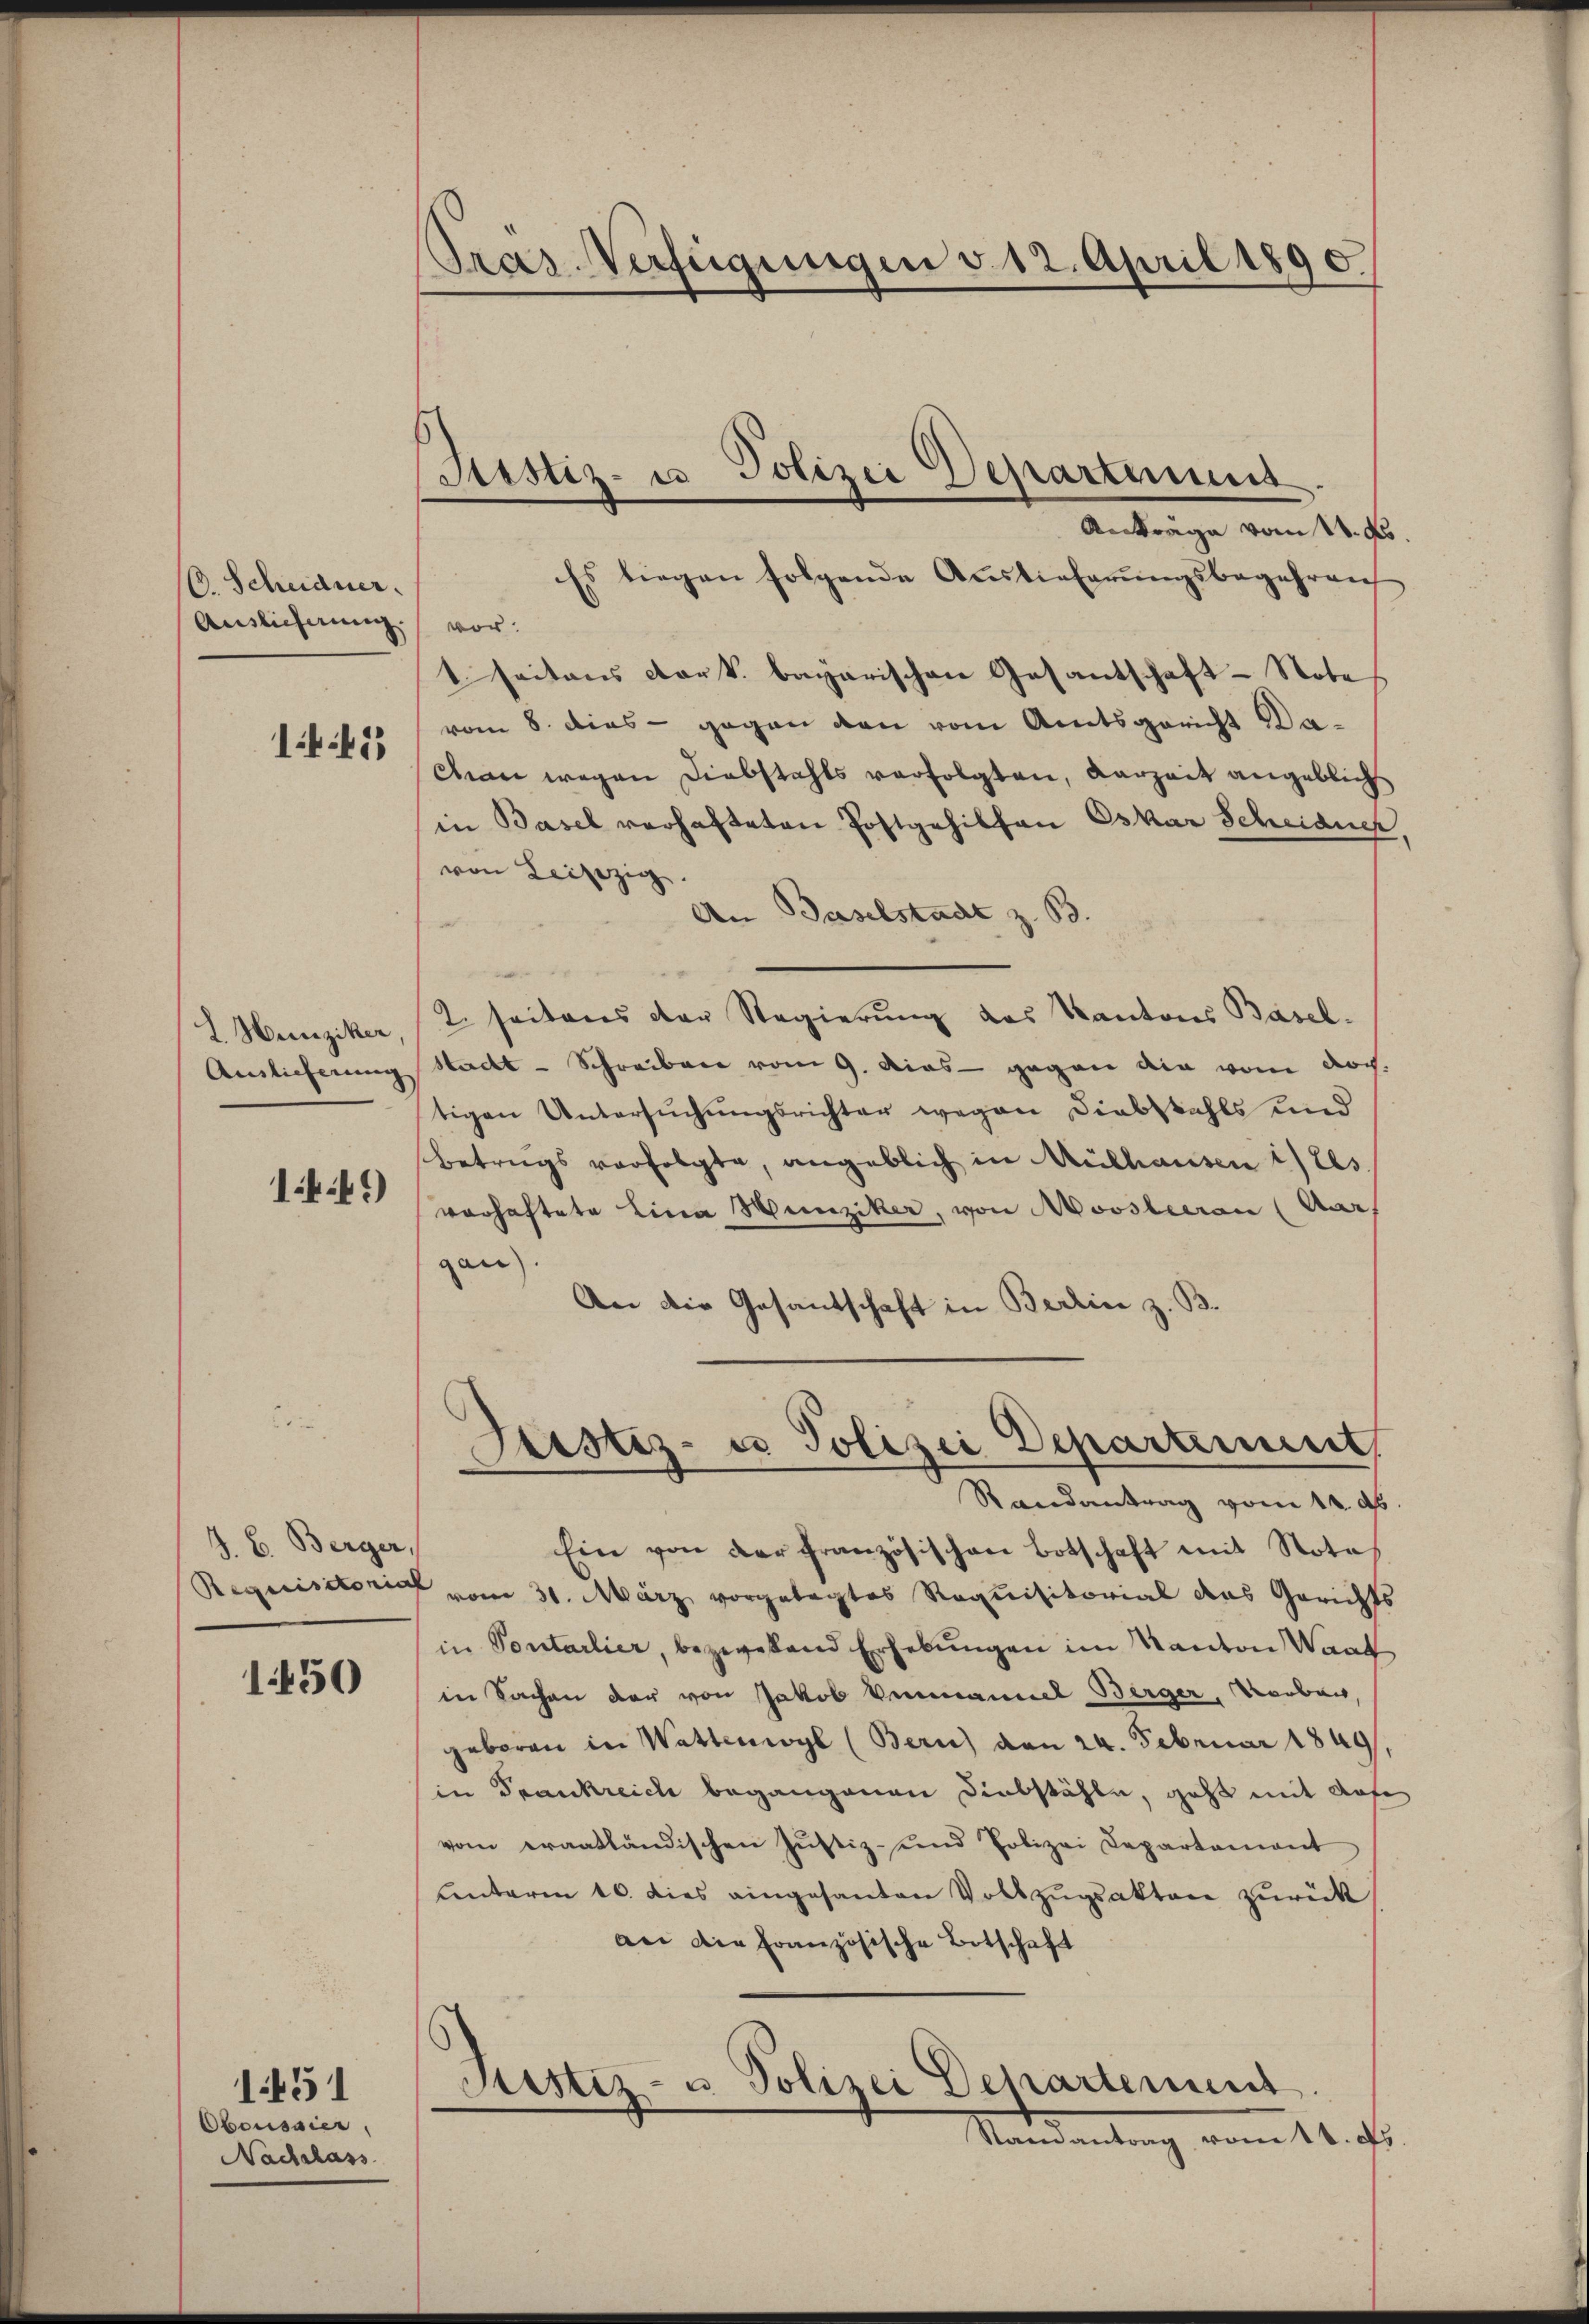
(. Scheidner.
Auslieferung.

141

L. Hunziker,
Auslieferung

1.K.49)

d. B. Berger,
Requisitorial

1450

Oboussier,
Nachshass

1451

Pras Verfügungen v. 12. April 1890.

Justiz- u Polizei Departemens
Antrage vom 14. No

Es liegen folgende Auslieferungsbegehreng
vor.
1 seitens der k. bayarischen Gesantschaft-Note
vom 8. dies - gegen den vom Amtsgericht Dachan wegen Diebstahls verfolgten, Karzeit angeblich
in Basel verhafteten Postgehilfen Oskar Scheidner,
von Leisezig
An Baselstadt z. B.
2. seitens der Regierung des Kantons Basel.
Stadt-Schreiben vom 9. dies - gegen die vom doch
tigen Untersuchungsrichter wegen Diebstahls und
Betrags verfolgte, angeblich in Mülhausen i les
verhaftete Lina Hunziker, von Mooslecan (Aar
gan
An die Gesantschaft in Berlin z. B.
Justiz- u Polizei Departement,
Randantrag vom 11. ds.
Ein von der Französischen Botschaft mit Notas
vom 31. März vorgelegtes Requisitorial das Gerichts
in Sontarlier, bezwefand Erhebŭngen im Kanton Waad
in Sachen der von Jakob Vermannel Berger, Vorber,
geboren in Wattenwyl (Bern) von 24. Februar 1849,
in Frankreich begangenen Diebstähle, geht mit Aufe
vom eraatländischen Justiz- und Polizei Departement
unterm 16. dies eingesanten Vollzugsakten zurück
an die Französische Botschaft
Justiz- u. Polizei Departement.
Samantrag vom 11. ds